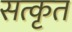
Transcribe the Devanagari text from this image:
सत्कृत